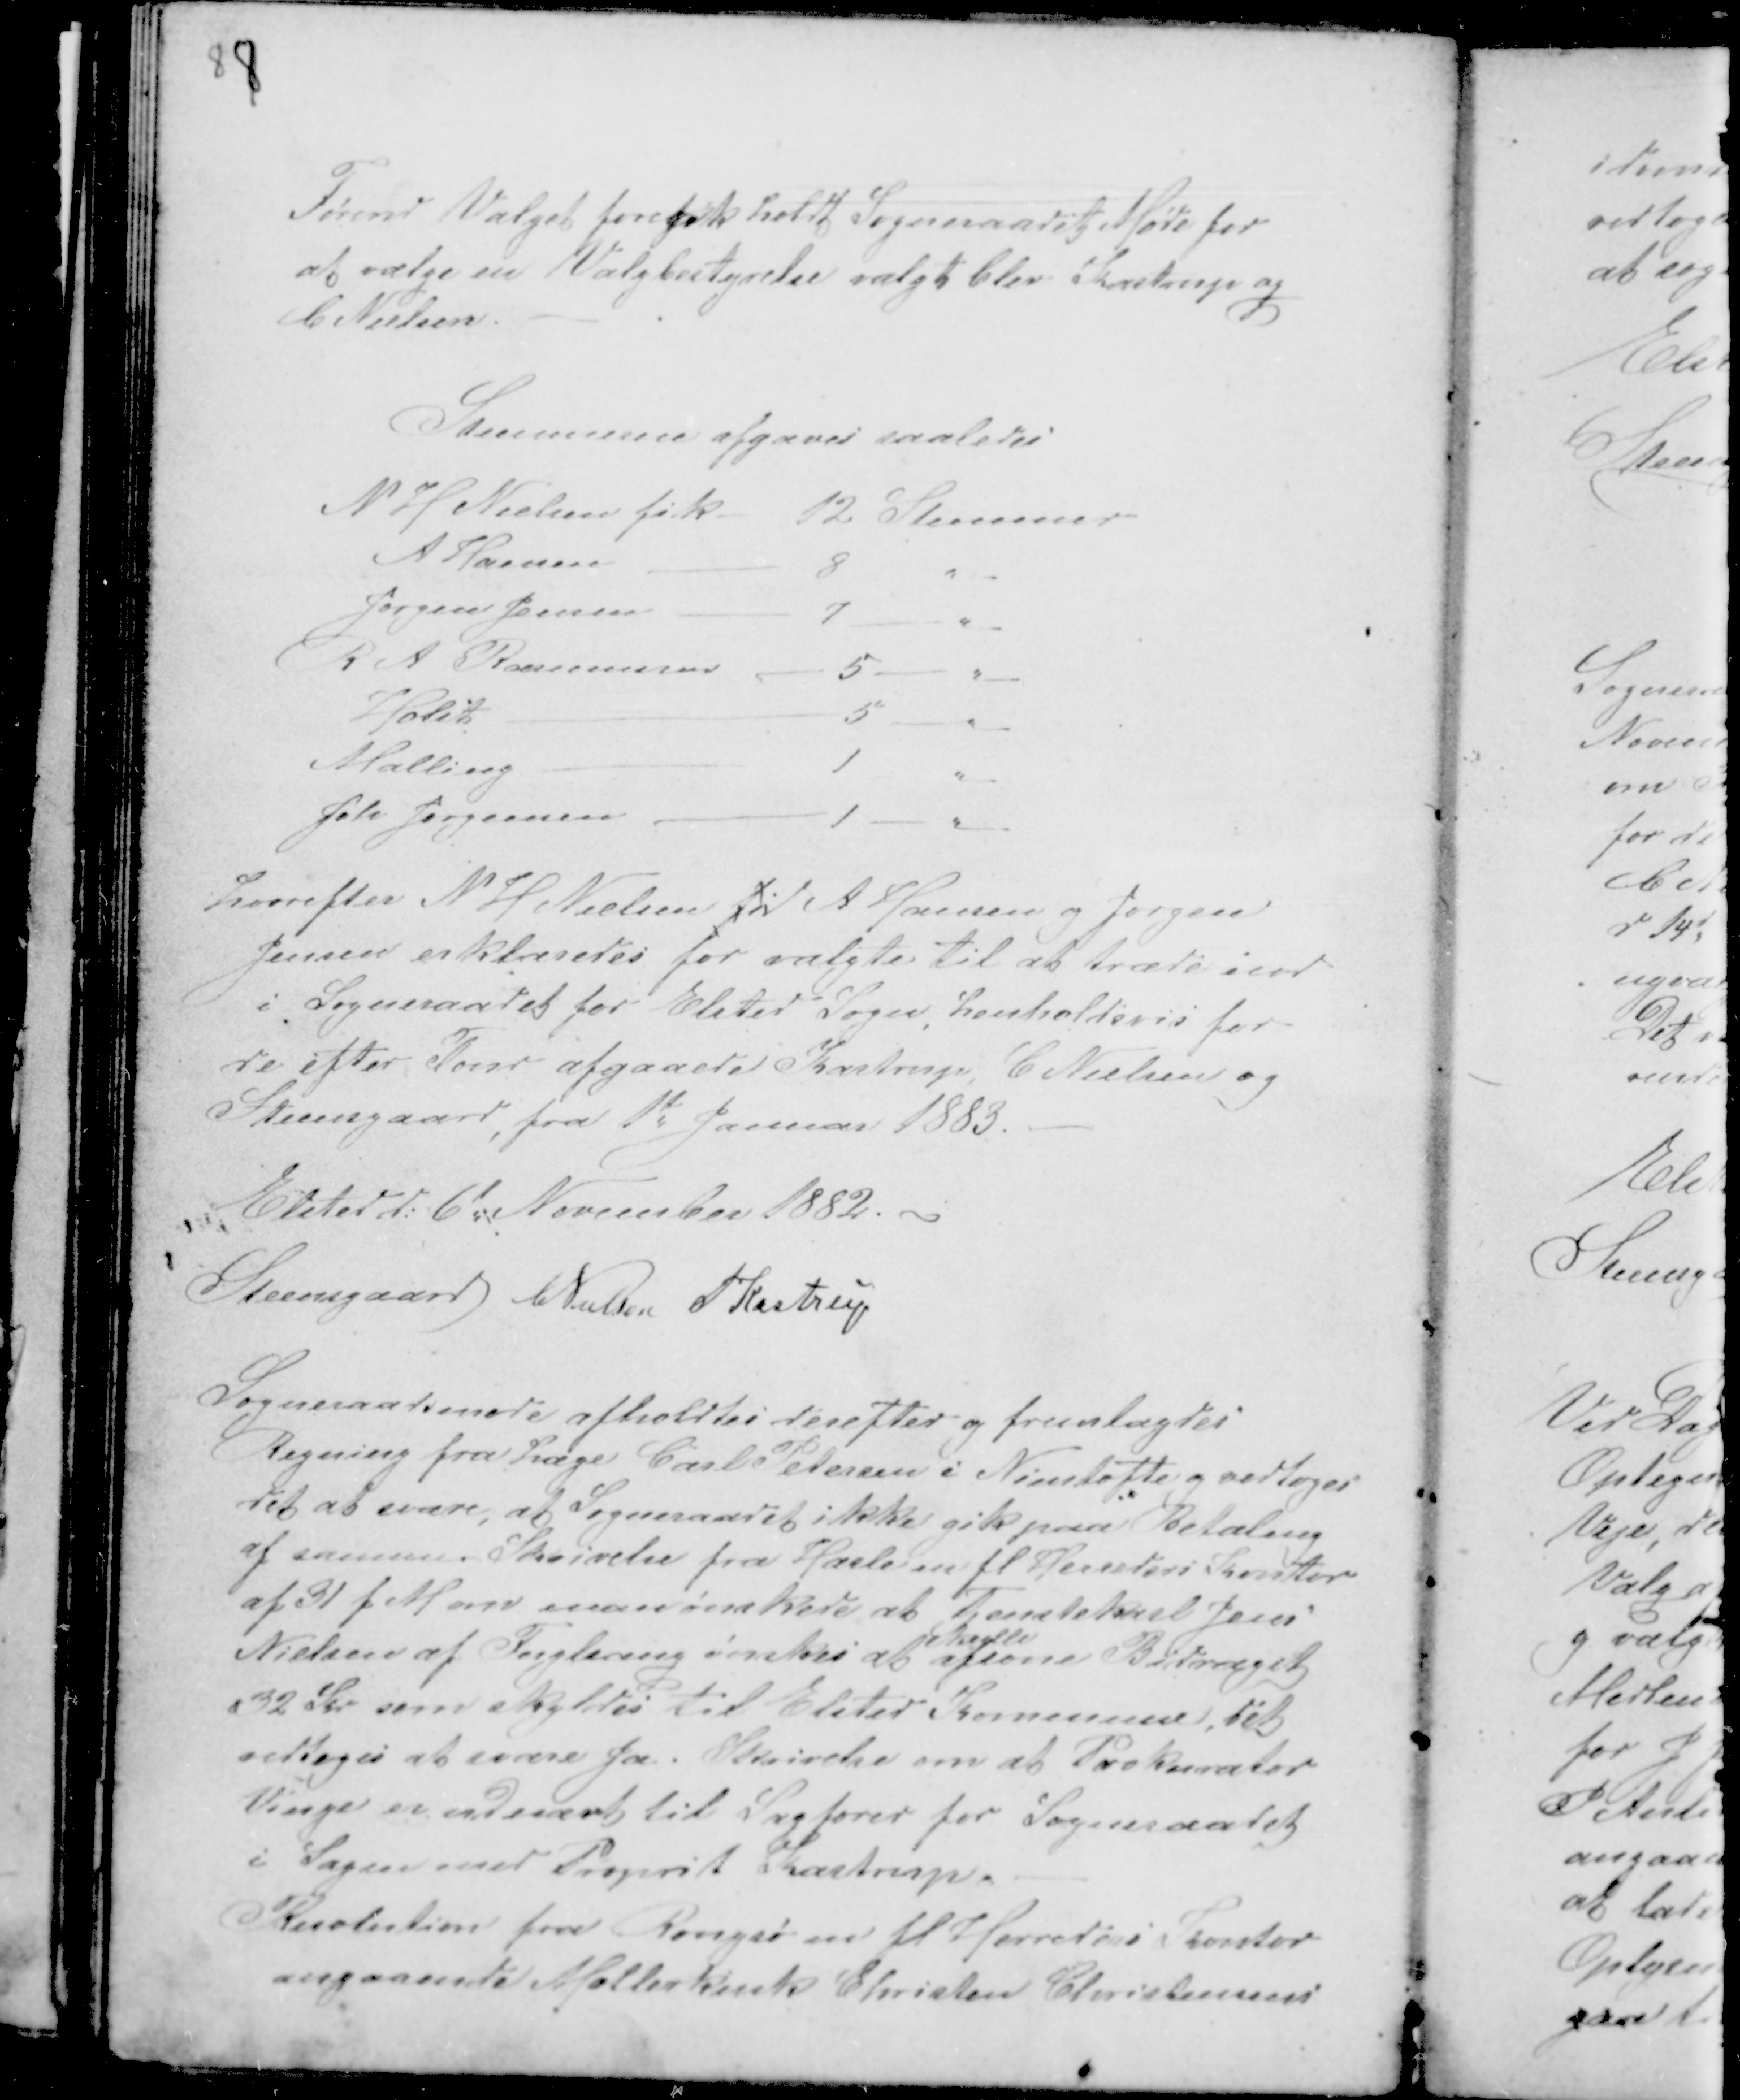
Transskription:
Førend Valget foregik holdt Sogneraadet Møde for
at vælge Valgbestyrelse valgt blev Kastrup og
C Nielsen.

Stemmerne afgaves saaledes

Hvorefter N H Nielsen fik A Hansen og Jørgen
Jensen erklæredes for valgte til at træde ind
i Sogneraadet for Elsted Sogn, henholdsvis for
de efter Tour afgaaede Kastrup C Nielsen og
Steensgaard, fra 1de Januar 1883.
Elsted d: 6de November 1882.
Steensgaard CNielsen PKastrup

Sogneraadsmøde afholdtes derefter og fremlagdes
Regning fra Læge Carl Petersen i Nimtofte og vedtoges
det at svare, at Sogneraadet ikke gik paa Betaling
af samme. Skrivelse fra Hasle mfl Herreders Kontor
af 31 f M om man ønskede at Tjenestekarl Jens
Nielsen af Forglering ønskes at
skulle
afsone Bidraget
32 Kr som skyldes til Elsted Kommune det
vedtoges at svare Ja. Skrivelse om at Prokurator
Vinge udnævt til Sagfører for Sogneraadet
i Sagen mod Proprit Kastrup.
Resolution fra Rongsø m fl Herreders Kontor
angaaende Møllerkusk Christen Christensens